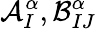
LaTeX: \mathcal{A}_{I}^{\alpha},\mathcal{B}_{IJ}^{\alpha}